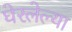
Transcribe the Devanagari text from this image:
घेरलेल्या